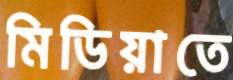
মিডিয়াতে